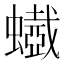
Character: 𧓥